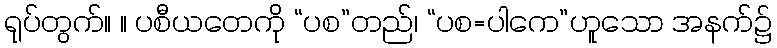
ရုပ်တွက်။ ။ ပစီယတေကို “ပစ”တည်၊ “ပစ=ပါကေ”ဟူသော အနက်၌